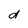
Character: d